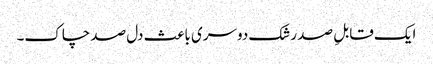
ایک قابلِ صد رشک دوسری باعث دل صد چاک۔